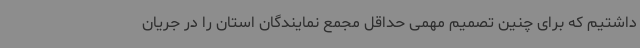
داشتیم که برای چنین تصمیم مهمی حداقل مجمع نمایندگان استان را در جریان